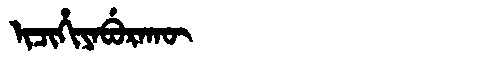
Manchu: ᡳᠴᡳᡥᡳᠶᠠᠪᡠᡵᠠᡴᡡ
Romanization: ICIHIYABURAKŪ